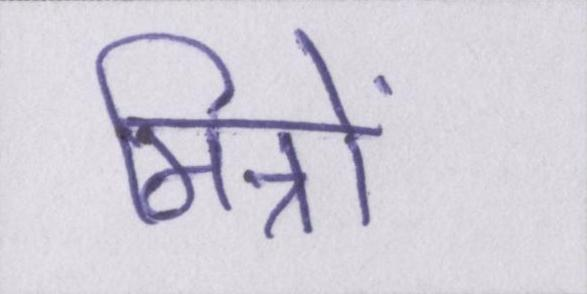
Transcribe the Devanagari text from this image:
मित्रों